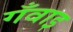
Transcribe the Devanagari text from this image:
गँवाइ